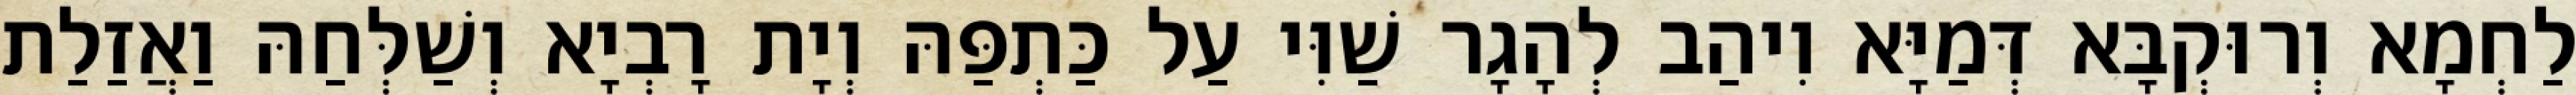
לַחְמָא וְרוּקְבָּא דְּמַיָּא וִיהַב לְהָגָר שַׁוִּי עַל כַּתְפַּהּ וְיָת רָבְיָא וְשַׁלְּחַהּ וַאֲזַלַת